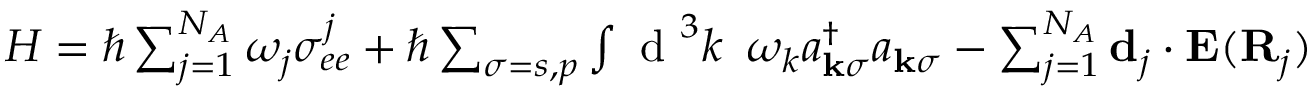
\begin{array} { r } { H = \hbar \sum _ { j = 1 } ^ { N _ { A } } \omega _ { j } \sigma _ { e e } ^ { j } + \hbar \sum _ { \sigma = s , p } \int \textrm { d } ^ { 3 } k \, \, \, \omega _ { k } a _ { \mathbf { k } \sigma } ^ { \dagger } a _ { \mathbf { k } \sigma } - \sum _ { j = 1 } ^ { N _ { A } } \mathbf { d } _ { j } \cdot \mathbf { E } ( \mathbf { R } _ { j } ) } \end{array}